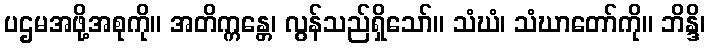
ပဌမအဖို့အစုကို။ အတိက္ကန္တေ၊ လွန်သည်ရှိသော်။ သံဃံ၊ သံဃာတော်ကို။ ဘိန္ဒိ၊